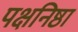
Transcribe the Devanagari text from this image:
पक्षनिष्ठा